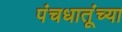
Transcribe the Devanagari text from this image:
पंचधातूंच्या